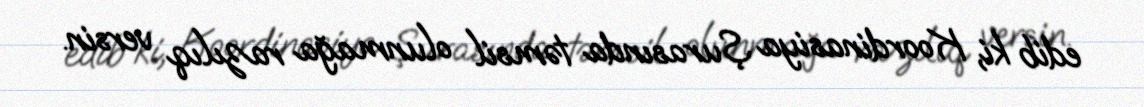
edib ki, Koordinasiya Şurasında təmsil olunmağa razılıq versin.